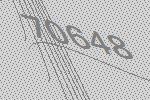
70648